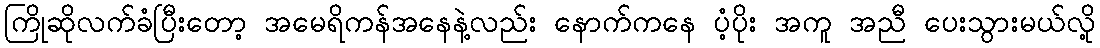
ကြိုဆိုလက်ခံပြီးတော့ အမေရိကန်အနေနဲ့လည်း နောက်ကနေ ပံ့ပိုး အကူ အညီ ပေးသွားမယ်လို့